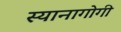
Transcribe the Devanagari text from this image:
स्यानागोगी